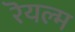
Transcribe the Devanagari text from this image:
रॆयल्म